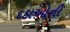
દડાઓની